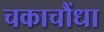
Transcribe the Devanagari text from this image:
चकाचौंधा